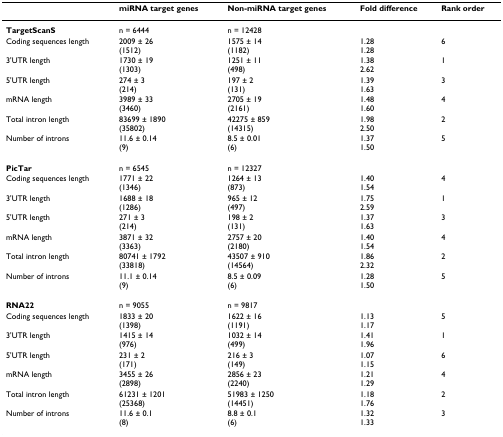
<table><thead><tr><td></td><td><b>miRNA target genes</b></td><td><b>Non-miRNA target genes</b></td><td><b>Fold difference</b></td><td><b>Rank order</b></td></tr></thead><tbody><tr><td><b>TargetScanS</b></td><td>n = 6444</td><td>n = 12428</td><td></td><td></td></tr><tr><td>Coding sequences length</td><td>2009 ± 26(1512)</td><td>1575 ± 14(1182)</td><td>1.281.28</td><td>6</td></tr><tr><td>3&#x27;UTR length</td><td>1730 ± 19(1303)</td><td>1251 ± 11(498)</td><td>1.382.62</td><td>1</td></tr><tr><td>5&#x27;UTR length</td><td>274 ± 3(214)</td><td>197 ± 2(131)</td><td>1.391.63</td><td>3</td></tr><tr><td>mRNA length</td><td>3989 ± 33(3460)</td><td>2705 ± 19(2161)</td><td>1.481.60</td><td>4</td></tr><tr><td>Total intron length</td><td>83699 ± 1890(35802)</td><td>42275 ± 859(14315)</td><td>1.982.50</td><td>2</td></tr><tr><td>Number of introns</td><td>11.6 ± 0.14(9)</td><td>8.5 ± 0.01(6)</td><td>1.371.50</td><td>5</td></tr><tr><td><b>PicTar</b></td><td>n = 6545</td><td>n = 12327</td><td></td><td></td></tr><tr><td>Coding sequences length</td><td>1771 ± 22(1346)</td><td>1264 ± 13(873)</td><td>1.401.54</td><td>4</td></tr><tr><td>3&#x27;UTR length</td><td>1688 ± 18(1286)</td><td>965 ± 12(497)</td><td>1.752.59</td><td>1</td></tr><tr><td>5&#x27;UTR length</td><td>271 ± 3(214)</td><td>198 ± 2(131)</td><td>1.371.63</td><td>3</td></tr><tr><td>mRNA length</td><td>3871 ± 32(3363)</td><td>2757 ± 20(2180)</td><td>1.401.54</td><td>4</td></tr><tr><td>Total intron length</td><td>80741 ± 1792(33818)</td><td>43507 ± 910(14564)</td><td>1.862.32</td><td>2</td></tr><tr><td>Number of introns</td><td>11.1 ± 0.14(9)</td><td>8.5 ± 0.09(6)</td><td>1.281.50</td><td>5</td></tr><tr><td><b>RNA22</b></td><td>n = 9055</td><td>n = 9817</td><td></td><td></td></tr><tr><td>Coding sequences length</td><td>1833 ± 20(1398)</td><td>1622 ± 16(1191)</td><td>1.131.17</td><td>5</td></tr><tr><td>3&#x27;UTR length</td><td>1415 ± 14(976)</td><td>1032 ± 14(499)</td><td>1.411.96</td><td>1</td></tr><tr><td>5&#x27;UTR length</td><td>231 ± 2(171)</td><td>216 ± 3(149)</td><td>1.071.15</td><td>6</td></tr><tr><td>mRNA length</td><td>3455 ± 26(2898)</td><td>2856 ± 23(2240)</td><td>1.211.29</td><td>4</td></tr><tr><td>Total intron length</td><td>61231 ± 1201(25368)</td><td>51983 ± 1250(14451)</td><td>1.181.76</td><td>2</td></tr><tr><td>Number of introns</td><td>11.6 ± 0.1(8)</td><td>8.8 ± 0.1(6)</td><td>1.321.33</td><td>3</td></tr></tbody></table>